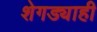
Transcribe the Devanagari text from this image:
शेगड्याही